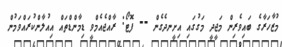
މުޒާހަރާގެ ބައިވެރިން މަޖީދީ މަގުގައި އިށީނދެގެން -- ފޮޓޯ: ރާއްޖެއެމްވީ ޑިމާންޑްތައް އިއުލާންކުރައްވަމުން